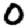
Digit: 0